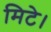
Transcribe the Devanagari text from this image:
मिटे।